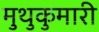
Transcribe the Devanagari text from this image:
मुथुकुमारी